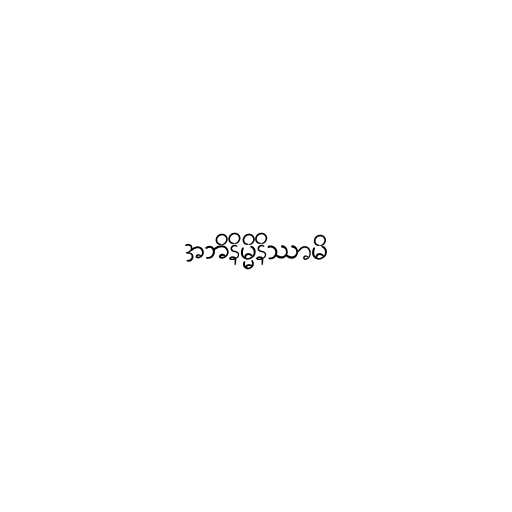
အဘိနိမ္မိနိဿာမိ